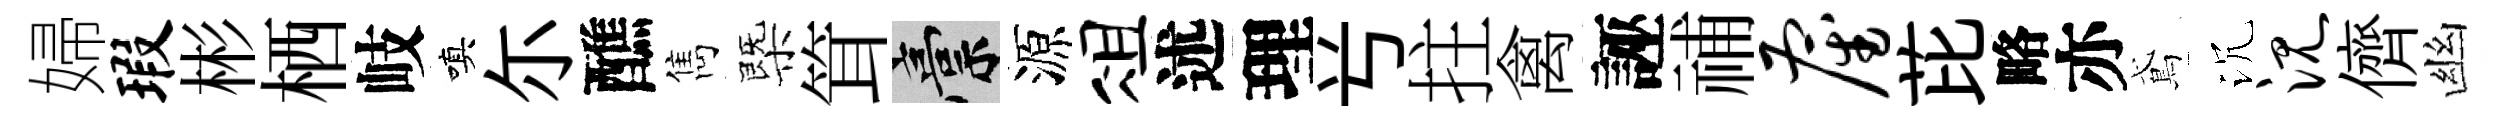
婦瑕彬栖岐嗔尓醮雋㮣䇯稿源俎述理𠔃拄禽誣𥙷雇芘略亦鳶沉沉儕幽